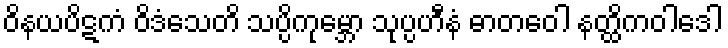
ဝိနယပိဋကံ ဝိဒံသေတိ သပ္ပိကုမ္ဘော သုပ္ပဟီနံ ဓာတဝေါ နတ္ထိကဝါဒေါ